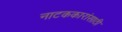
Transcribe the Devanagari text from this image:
नाटककारांसाठी